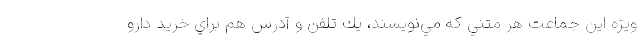
ويژه این جماعت هر متني كه مي‌نويسند، يك تلفن و آدرس هم براي خريد دارو